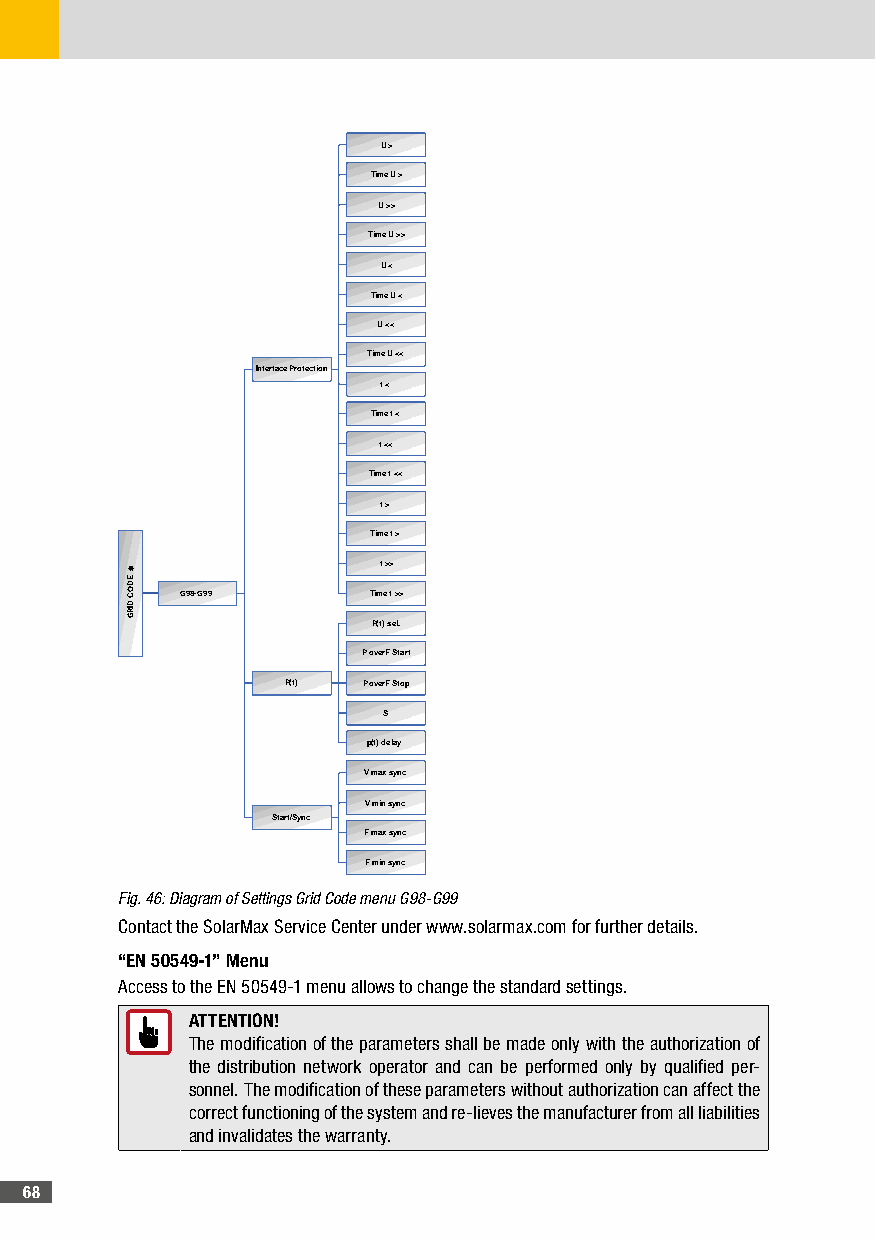
U >
 Time U >
 U >>
 Time U >>
 U <
 Time U <
 U <<
 Time U <<
 Interface Protection
 f <
 Time f <
 f <<
 Time f <<
 f >
 Time f >
 f >>
 G98-G99     Time f >>
 P(f) sel.
 P overF Start
 P(f) P overF Stop
 S
 p(f) delay
 V max sync
 V min sync
 Start/Sync
 F max sync
 F min sync
 Fig. 46: Diagram of Settings Grid Code menu G98-G99
 Contact the SolarMax Service Center under www.solarmax.com for further details.
 “EN 50549-1” Menu
 Access to the EN 50549-1 menu allows to change the standard settings.
 ATTENTION!
 The modification of the parameters shall be made only with the authorization of
 the distribution network operator and can be performed only by qualified per-
 sonnel. The modification of these parameters without authorization can affect the
 correct functioning of the system and re-lieves the manufacturer from all liabilities
 and invalidates the warranty.
 68
 EDOC
 DIRG